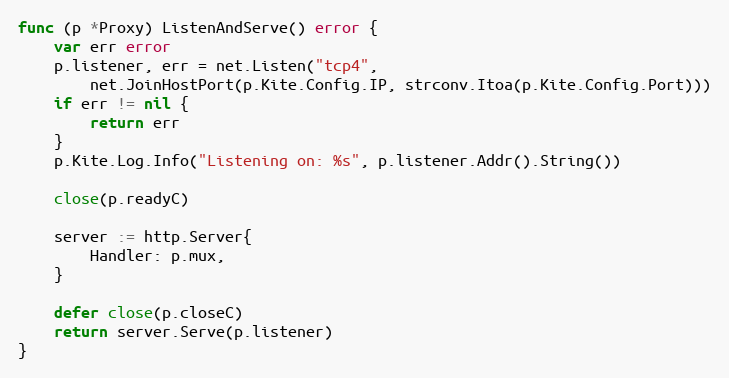
Language: Go
func (p *Proxy) ListenAndServe() error {
	var err error
	p.listener, err = net.Listen("tcp4",
		net.JoinHostPort(p.Kite.Config.IP, strconv.Itoa(p.Kite.Config.Port)))
	if err != nil {
		return err
	}
	p.Kite.Log.Info("Listening on: %s", p.listener.Addr().String())

	close(p.readyC)

	server := http.Server{
		Handler: p.mux,
	}

	defer close(p.closeC)
	return server.Serve(p.listener)
}